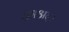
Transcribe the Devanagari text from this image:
क़ाअदा